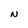
Character: N